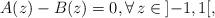
LaTeX: \begin{align*} A(z) -B(z)=0,\forall \, z\in {}]{-}1,1 [, \end{align*}